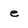
Character: e